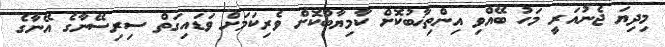
މިދިޔަ ޖެނުއަރީ މަހު ބޭއްވި އިންތިޚާބުކޮށް ކާމިޔާބުކޮށް ވެރިކަމަށް ވަޑައިގަތް ސިރިސޭނާގެ އޭނާގެ